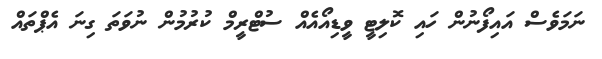
ނަމަވެސް އައިފޯނުން ހައި ކޮލިޓީ ވީޑިއޯއެއް ސުޓްރީމް ކުރުމުން ނުވަތަ ގިނަ އެޕްތައް